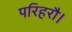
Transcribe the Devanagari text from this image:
परिहरौ।